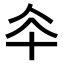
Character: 𠦍